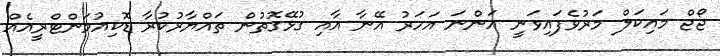
ޖޯޖް މައިކަލް މަރުވެފައިވަނީ އަންނަ އަހަރު އޭނާ އާއި ގުޅޭގޮތުން ތައްޔާރުކުރާ ޑޮކިއުމަންޓްރީއެއް